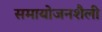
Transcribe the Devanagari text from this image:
समायोजनशैली